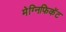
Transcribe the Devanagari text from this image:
मेग्निफिकेंट